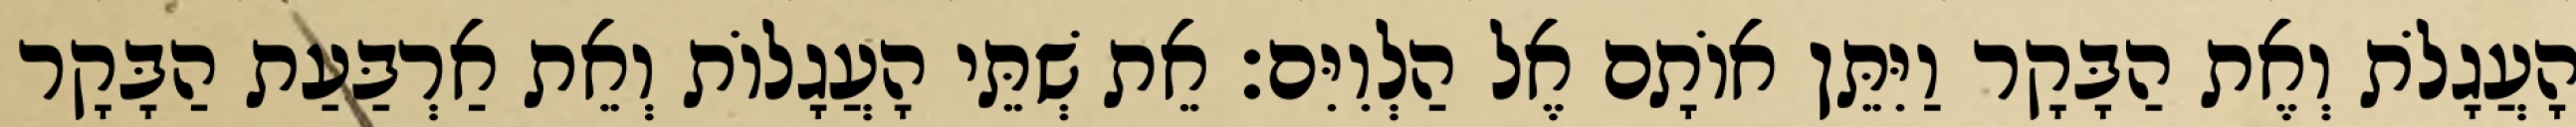
הָעֲגָלֹת וְאֶת הַבָּקָר וַיִּתֵּן אוֹתָם אֶל הַלְוִיִּם׃ אֵת שְׁתֵּי הָעֲגָלוֹת וְאֵת אַרְבַּעַת הַבָּקָר